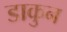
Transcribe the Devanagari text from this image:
डाकुन